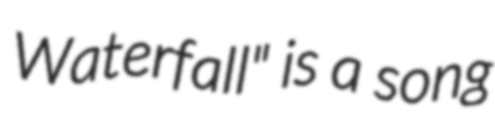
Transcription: Waterfall" is a song